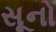
સૂનો